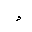
Letter: _hamza